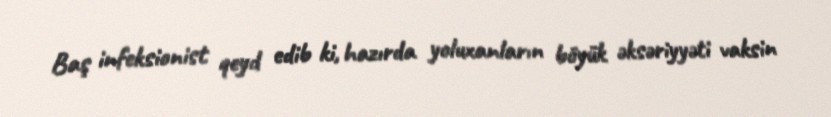
Baş infeksionist qeyd edib ki, hazırda yoluxanların böyük əksəriyyəti vaksin